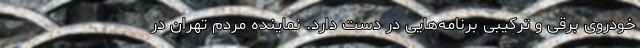
خودروی برقی و ترکیبی برنامه‌هایی در دست دارد. نماینده مردم تهران در